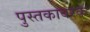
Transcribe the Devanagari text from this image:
पुस्तकावरक